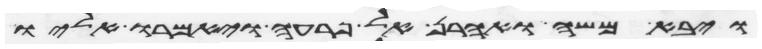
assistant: ויבא משה ואהרן אל פרעה ויאמרו אליו